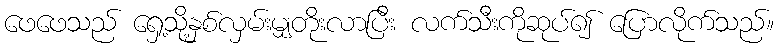
ဖေဖေသည် ရှေ့သို့နှစ်လှမ်းမျှတိုးလာပြီး လက်သီးကိုဆုပ်၍ ပြောလိုက်သည်။